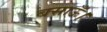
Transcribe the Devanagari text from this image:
बसाऊँ।